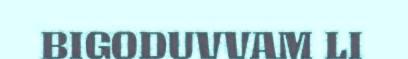
BIGODUVVAM LI